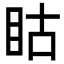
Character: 䀦